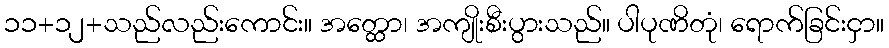
၁၁+၁၂+သည်လည်းကောင်း။ အတ္ထော၊ အကျိုးစီးပွားသည်။ ပါပုဏိတုံ၊ ရောက်ခြင်းငှာ။